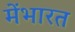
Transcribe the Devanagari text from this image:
मेंभारत